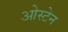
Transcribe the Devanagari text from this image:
ओस्टेन